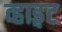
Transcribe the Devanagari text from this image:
व्हाइ़ट